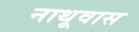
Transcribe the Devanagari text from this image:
नाथूवास